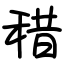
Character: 稓